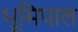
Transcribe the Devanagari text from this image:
भूमिपाल